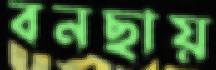
বনছায়